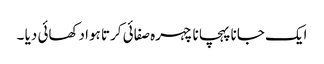
ایک جانا پہچانا چہرہ صفائی کرتا ہوا دکھائی دیا ۔